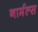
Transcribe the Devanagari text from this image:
नार्मल्स